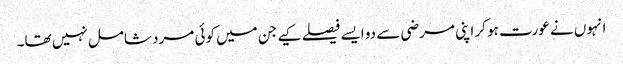
انہوں نے عورت ہو کر اپنی مرضی سے دو ایسے فیصلے کیے جن میں کوئی مرد شامل نہیں تھا۔